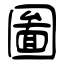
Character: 圗